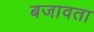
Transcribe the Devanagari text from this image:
बजावता